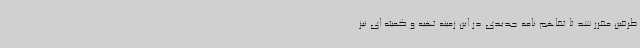
طرفین مقرر شد تا تفاهم نامه جدیدی در این زمینه تهیه و کمیته ای نیز